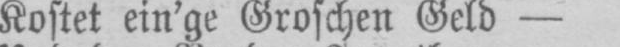
Kostet ein’ge Groschen Geld -